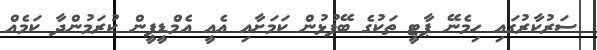
ސަރުކާރުގައި ހިމެނޭ ޕާޓީ ތަކުގެ ބޭފުޅުން ކަމަށާއި އެއީ އެމްޑީޕީން ކުރަމުންދާ ކަމެއް